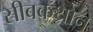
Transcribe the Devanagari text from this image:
सीबकथ्रोन